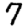
Digit: 7